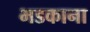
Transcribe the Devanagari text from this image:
भडकाना